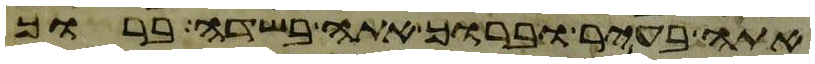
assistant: אתה בעיר וברוך אתה בשדה ברוך